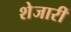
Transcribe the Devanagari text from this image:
शेजारीं